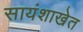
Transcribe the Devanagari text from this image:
सायंशाखेत